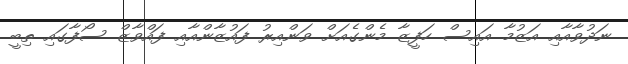
ނަދުވާއާއި އަޒުމާ އައިސް ހަފީޒާ މެންގެއަށް ވަންއިރު ފައުޒާންއާއި ފައްވާޒް ސޯފާގައި ތިބީ